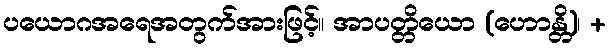
ပယောဂအရေအတွက်အားဖြင့်။ အာပတ္တိယော (ဟောန္တိ)၊ +